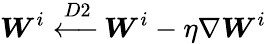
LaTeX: \boldsymbol{W}^{i}\xleftarrow{D2}\boldsymbol{W}^{i}-\eta\nabla\boldsymbol{W}^{i}